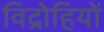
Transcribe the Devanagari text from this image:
विद्राेहियों